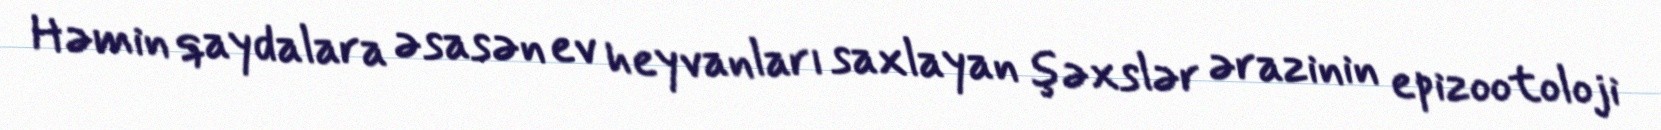
Həmin qaydalara əsasən ev heyvanları saxlayan şəxslər ərazinin epizootoloji